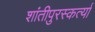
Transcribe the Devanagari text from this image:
शांतीपुरस्कर्त्या